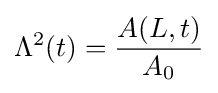
\Lambda ^{2}(t)={A(L,t) \over A_{0}}